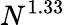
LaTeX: N^{1.33}